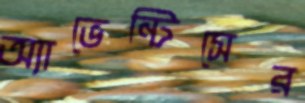
অ্যাভেন্টিসের